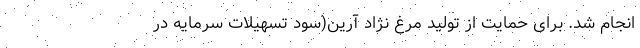
انجام شد. برای حمایت از تولید مرغ نژاد آرین(سود تسهیلات سرمایه در